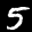
Label: 5